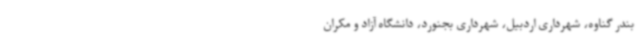
بندر گناوه، شهرداری اردبیل، شهرداری بجنورد، دانشگاه آزاد و مکران